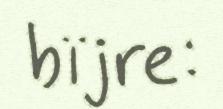
bïjre: